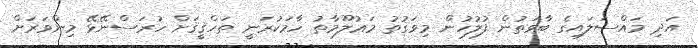
އަދި މައްސަލައިގެ ބާވަތުން ފުލުހުން މިވަގުތު މަޢުލޫމާތު ހާމަކުރަނީ ތަހްޤީޤަށް ހުރަސްނޭޅޭ މިންވަރަށް